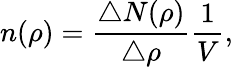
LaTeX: n(\rho)=\frac{\triangle N(\rho)}{\triangle\rho}\frac{1}{V},